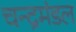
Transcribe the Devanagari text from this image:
चन्द्रमंडल